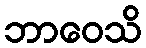
ဘာဝေသိ